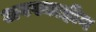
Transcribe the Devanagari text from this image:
अवस्थाहीन